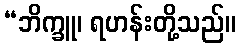
“ဘိက္ခူ၊ ရဟန်းတို့သည်။